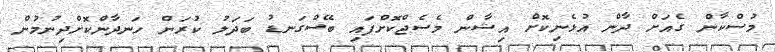
މުސްކާން ގެއަށް ދާން އުޅެނިކޮށް އިޝާން މެސެޖްކޮށްފައި ބޭސްގަނޑު ބަދަލު ކުރަން ހަނދާންކޮށްދިނުމުން